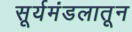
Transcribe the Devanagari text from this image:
सूर्यमंडलातून